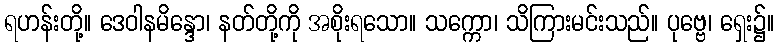
ရဟန်းတို့။ ဒေဝါနမိန္ဒော၊ နတ်တို့ကို အစိုးရသော။ သက္ကော၊ သိကြားမင်းသည်။ ပုဗ္ဗေ၊ ရှေး၌။